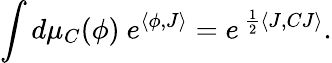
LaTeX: \int d\mu_{C}(\phi)\ e^{\langle\phi,J\rangle}=e^{\ \frac{1}{2}\langle J,CJ\rangle}.